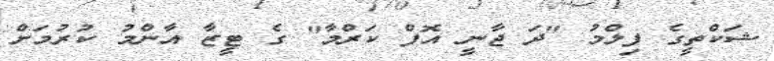
ޝަކްތީގެ ފިލްމު "ދަ ޖާނީ އޮފް ކަރްމާ" ގެ ޓީޒާ އާންމު ކުރުމަށް